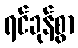
ရင်ခုန်စွာ